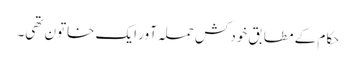
حکام کے مطابق خودکش حملہ آور ایک خاتون تھی۔